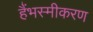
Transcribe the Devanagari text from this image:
हैंभस्मीकरण